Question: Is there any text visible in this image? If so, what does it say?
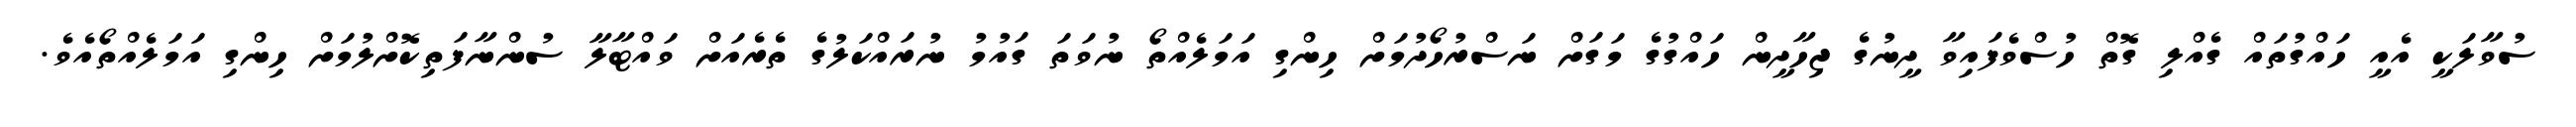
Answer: ސުވާލަކީ އެއީ ހައްގުތައް ގެއްލި ގޮތް ހުސްވެފައިވާ ދީނުގެ ޖިހާދީން ހައްގުގެ މަގަށް ނަސްރުހޯދުމަށް ހިންގި އަމަލެއްތޯ ނުވަތަ ގައުމު ނުރައްކަލުގެ ތެރެއަށް ވައްޓާލާ ސުންނާފަތިކޮށްލުމަށް ހިންގި އަމަލެއްތޯއެވެ.